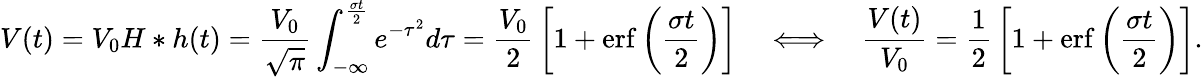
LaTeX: V(t)=V_{0}{H*h}(t)={\frac{V_{0}}{\sqrt{\pi}}}\int_{-\infty}^{\frac{\sigma t}{2}}e^{-\tau^{2}}d\tau={\frac{V_{0}}{2}}\left[1+\mathrm{erf}\left({\frac{\sigma t}{2}}\right)\right]\quad\Longleftrightarrow\quad{\frac{V(t)}{V_{0}}}={\frac{1}{2}}\left[1+\mathrm{erf}\left({\frac{\sigma t}{2}}\right)\right].